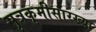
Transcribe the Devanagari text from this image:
सूत्रकृमीसारख्या